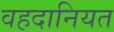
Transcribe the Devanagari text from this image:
वहदानियत